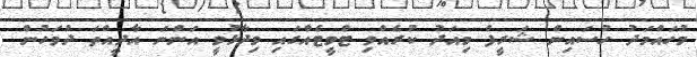
މުހައްމަދު ހުސައިން ޝަރީފް މިއަދު ކުރެއްވި ޓްވީޓެއްގައި ވިދާޅުވީ އަންނަ އާދީއްތަ ދުވަހުން